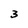
Character: 3